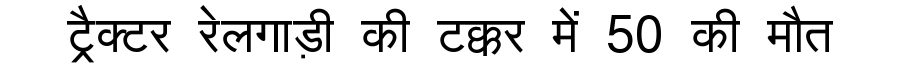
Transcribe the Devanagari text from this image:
ट्रैक्टर रेलगाड़ी की टक्कर में 50 की मौत